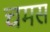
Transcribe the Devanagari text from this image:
चमस